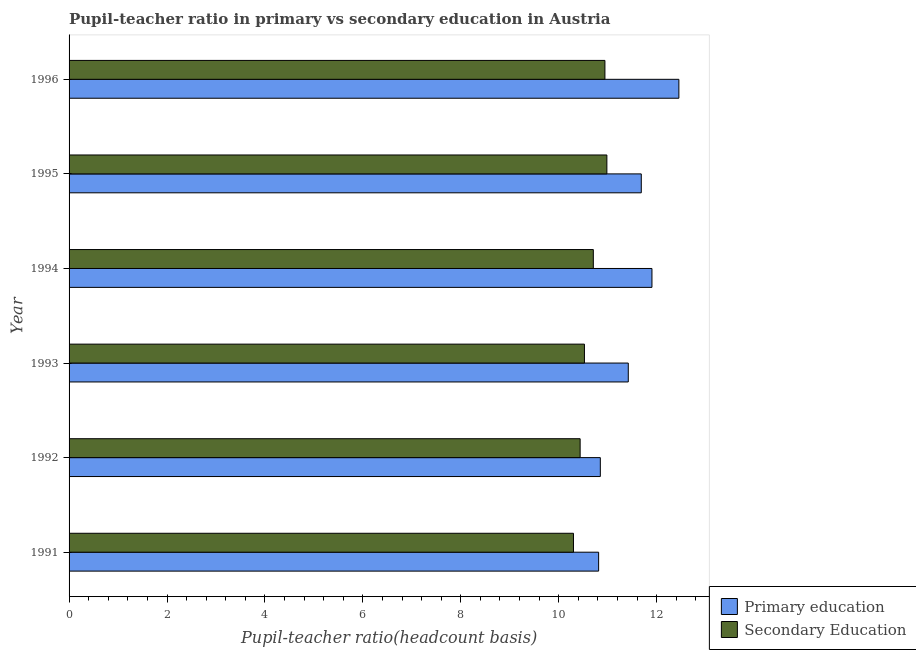
| Year | Primary education | Secondary Education |
 | --- | --- | --- |
 | 1991 | 10.8 | 10.3 |
 | 1992 | 10.8 | 10.4 |
 | 1993 | 11.4 | 10.5 |
 | 1994 | 11.9 | 10.7 |
 | 1995 | 11.7 | 11 |
 | 1996 | 12.5 | 10.9 |